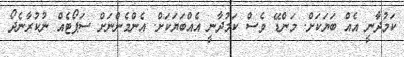
ކަމުދާނީ އެއް ބަޔަކަށް. މަންޑޭ ވެސް ކަމުދާނީ އެއްބަޔަކަށް. އެންމެންނަށް ސަޕޯޓެއް ނުކުރާނެދޯ